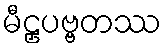
မီဠှပဗ္ဗတဿ